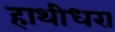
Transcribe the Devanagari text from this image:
हाथीधरा